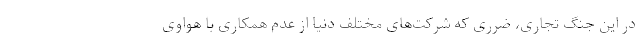
در این جنگ تجاری، ضرری که شرکت‌های مختلف دنیا از عدم همکاری با هواوی